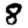
Digit: 8